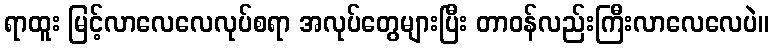
ရာထူး မြင့်လာလေလေလုပ်စရာ အလုပ်တွေများပြီး တာဝန်လည်းကြီးလာလေလေပဲ။